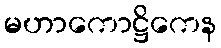
မဟာကောဋ္ဌိကေန